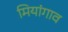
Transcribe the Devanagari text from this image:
मियांगाव